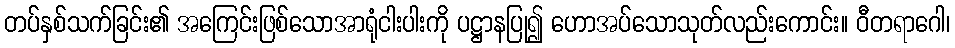
တပ်နှစ်သက်ခြင်း၏ အကြေင်းဖြစ်သောအာရုံငါးပါးကို ပဋ္ဌာနပြု၍ ဟောအပ်သောသုတ်လည်းကောင်း။ ဝီတရာဂေါ၊